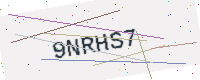
Text: 9NRHS7